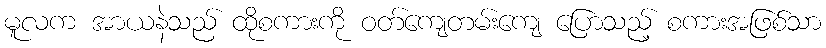
မူလက အာယနဲသည် ထိုစကားကို ဝတ်ကျေတမ်းကျေ ပြောသည့် စကားအဖြစ်သာ